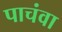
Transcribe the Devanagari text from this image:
पाचंवा